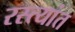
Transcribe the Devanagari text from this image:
रस्त्यांत